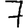
Digit: 7